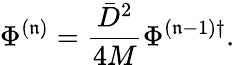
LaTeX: \Phi^{(\mathfrak{n})}=\frac{{\bar{{D}}^{2}}}{{4M}}\Phi^{(\mathfrak{n}-1)\dagger}.